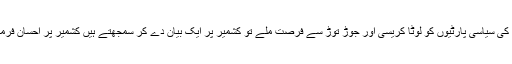
پاکستان کی سیاسی پارٹیوں کو لوٹا کریسی اور جوڑ توڑ سے فرصت ملے تو کشمیر پر ایک بیان دے کر سمجھتے ہیں کشمیر پر احسان فرمایا ہے ۔